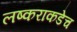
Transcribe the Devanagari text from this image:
लष्कराकडेच